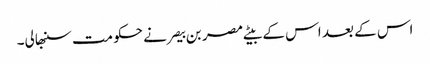
اس کے بعد اس کے بیٹے مصر بن بیصر نے حکومت سنبھالی۔